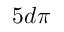
5 d \pi